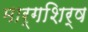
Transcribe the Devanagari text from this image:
मार्गशिर्ष